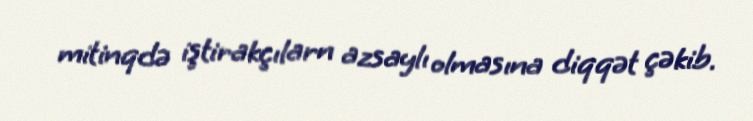
mitinqdə iştirakçılarn azsaylı olmasına diqqət çəkib.